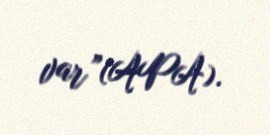
var”(APA).